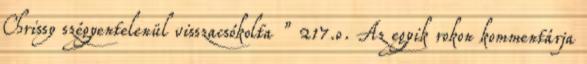
Chrissy szégyentelenül visszacsókolta ” 217.o. Az egyik rokon kommentárja